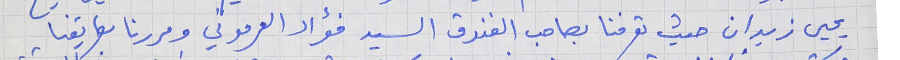
يحيى زيدان حيث تعرفنا بصاحب الفندق السيد فؤاد العرموني ومررنا بطريقنا